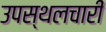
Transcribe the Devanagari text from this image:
उपस्थलचारी